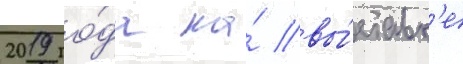
2019 го́да на́ вы́ставк'е